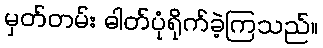
မှတ်တမ်း ဓါတ်ပုံရိုက်ခဲ့ကြသည်။